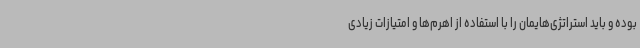
بوده و باید استراتژی‌هایمان را با استفاده از اهرم‌ها و امتیازات زیادی